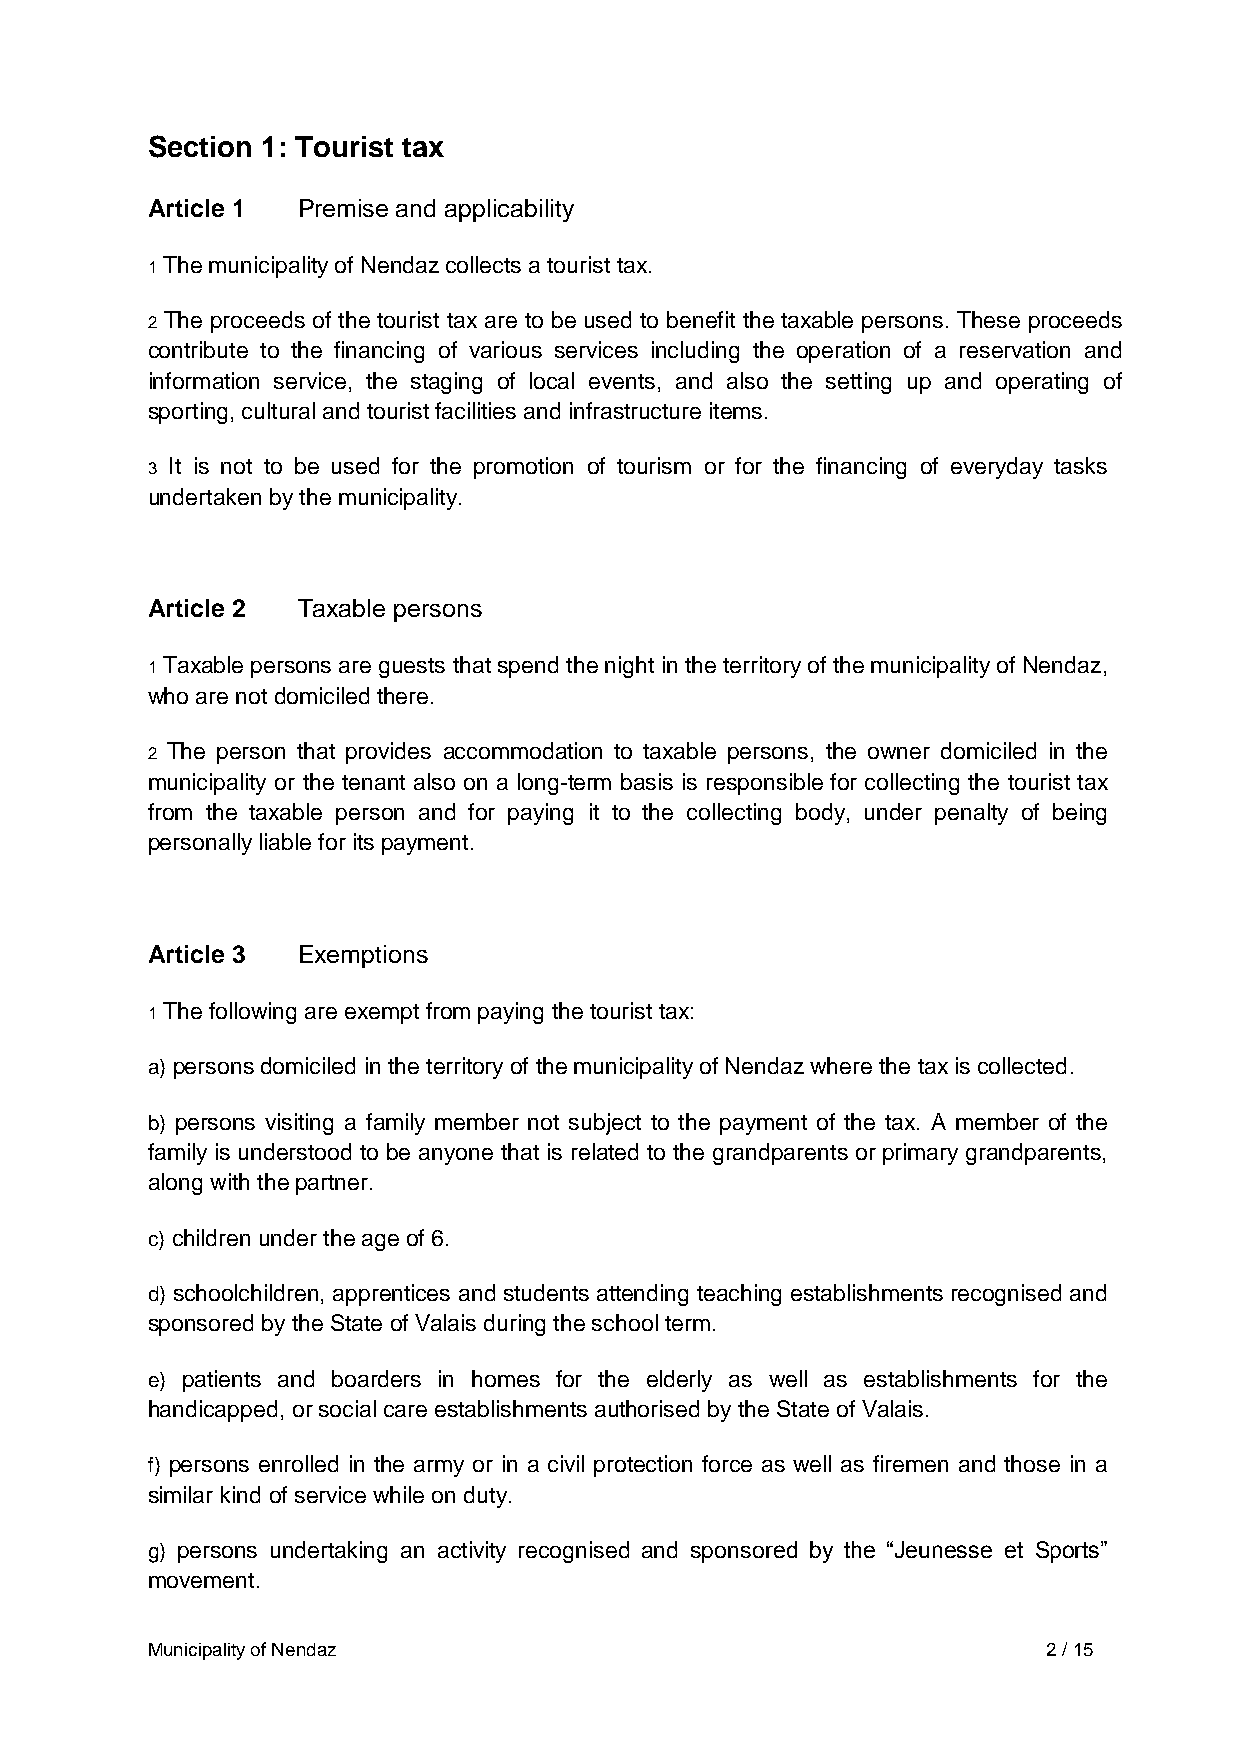
Section 1: Tourist tax
 Article 1 Premise and applicability
 1 The municipality of Nendaz collects a tourist tax.
 2 The proceeds of the tourist tax are to be used to benefit the taxable persons. These proceeds
 contribute to the financing of various services including the operation of a reservation and
 information service, the staging of local events, and also the setting up and operating of
 sporting, cultural and tourist facilities and infrastructure items.
 3 It is not to be used for the promotion of tourism or for the financing of everyday tasks
 undertaken by the municipality.
 Article 2 Taxable persons
 1 Taxable persons are guests that spend the night in the territory of the municipality of Nendaz,
 who are not domiciled there.
 2 The person that provides accommodation to taxable persons, the owner domiciled in the
 municipality or the tenant also on a long-term basis is responsible for collecting the tourist tax
 from the taxable person and for paying it to the collecting body, under penalty of being
 personally liable for its payment.
 Article 3 Exemptions
 1 The following are exempt from paying the tourist tax:
 a) persons domiciled in the territory of the municipality of Nendaz where the tax is collected.
 b) persons visiting a family member not subject to the payment of the tax. A member of the
 family is understood to be anyone that is related to the grandparents or primary grandparents,
 along with the partner.
 c) children under the age of 6.
 d) schoolchildren, apprentices and students attending teaching establishments recognised and
 sponsored by the State of Valais during the school term.
 e) patients and boarders in homes for the elderly as well as establishments for the
 handicapped, or social care establishments authorised by the State of Valais.
 f) persons enrolled in the army or in a civil protection force as well as firemen and those in a
 similar kind of service while on duty.
 g) persons undertaking an activity recognised and sponsored by the “Jeunesse et Sports”
 movement.
 Municipality of Nendaz                                     2 / 15